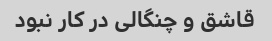
قاشق و چنگالی در کار نبود